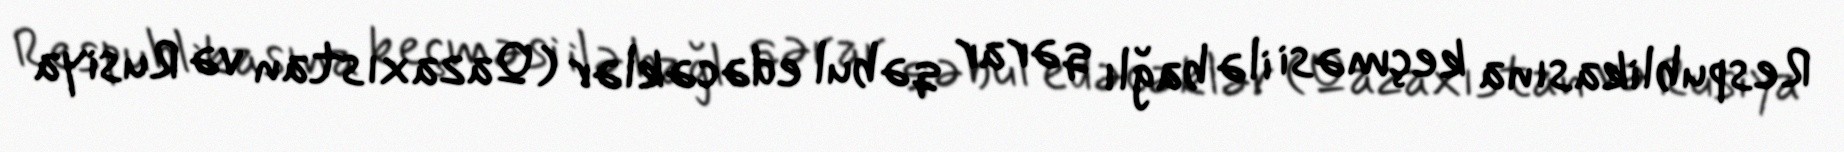
Respublikasına keçməsi ilə bağlı qərar qəbul edəcəklər (Qazaxıstan və Rusiya